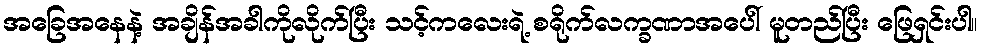
အခြေအနေနဲ့ အချိန်အခါကိုလိုက်ပြီး သင့်ကလေးရဲ့ စရိုက်လက္ခဏာအပေါ် မူတည်ပြီး ဖြေရှင်းပါ။